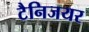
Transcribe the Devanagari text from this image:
टैनिजयर